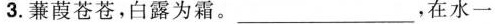
3.蒹葭苍苍，白露为霜。___，在水一